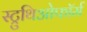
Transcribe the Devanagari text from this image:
स्ट्रुथिओफॉर्म